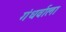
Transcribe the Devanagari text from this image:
गंधर्वाला